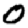
Digit: 0